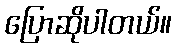
ပြောဆိုပါတယ်။